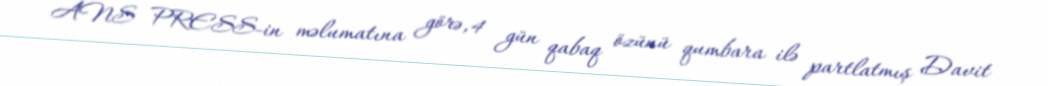
ANS PRESS-in məlumatına görə, 4 gün qabaq özünü qumbara ilə partlatmış Davit